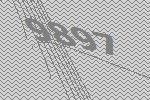
9897